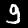
Digit: 9